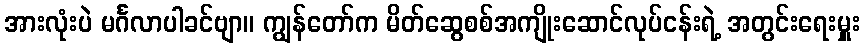
အားလုံးပဲ မင်္ဂလာပါခင်ဗျာ။ ကျွန်တော်က မိတ်ဆွေစစ်အကျိုးဆောင်လုပ်ငန်းရဲ့ အတွင်းရေးမှူး